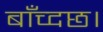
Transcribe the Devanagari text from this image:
बाँच्दछ।